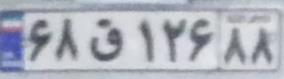
۶۸ق۱۲۶۸۸